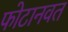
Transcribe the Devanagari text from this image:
फोटानवत